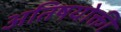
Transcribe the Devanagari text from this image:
अतिषयोक्ती